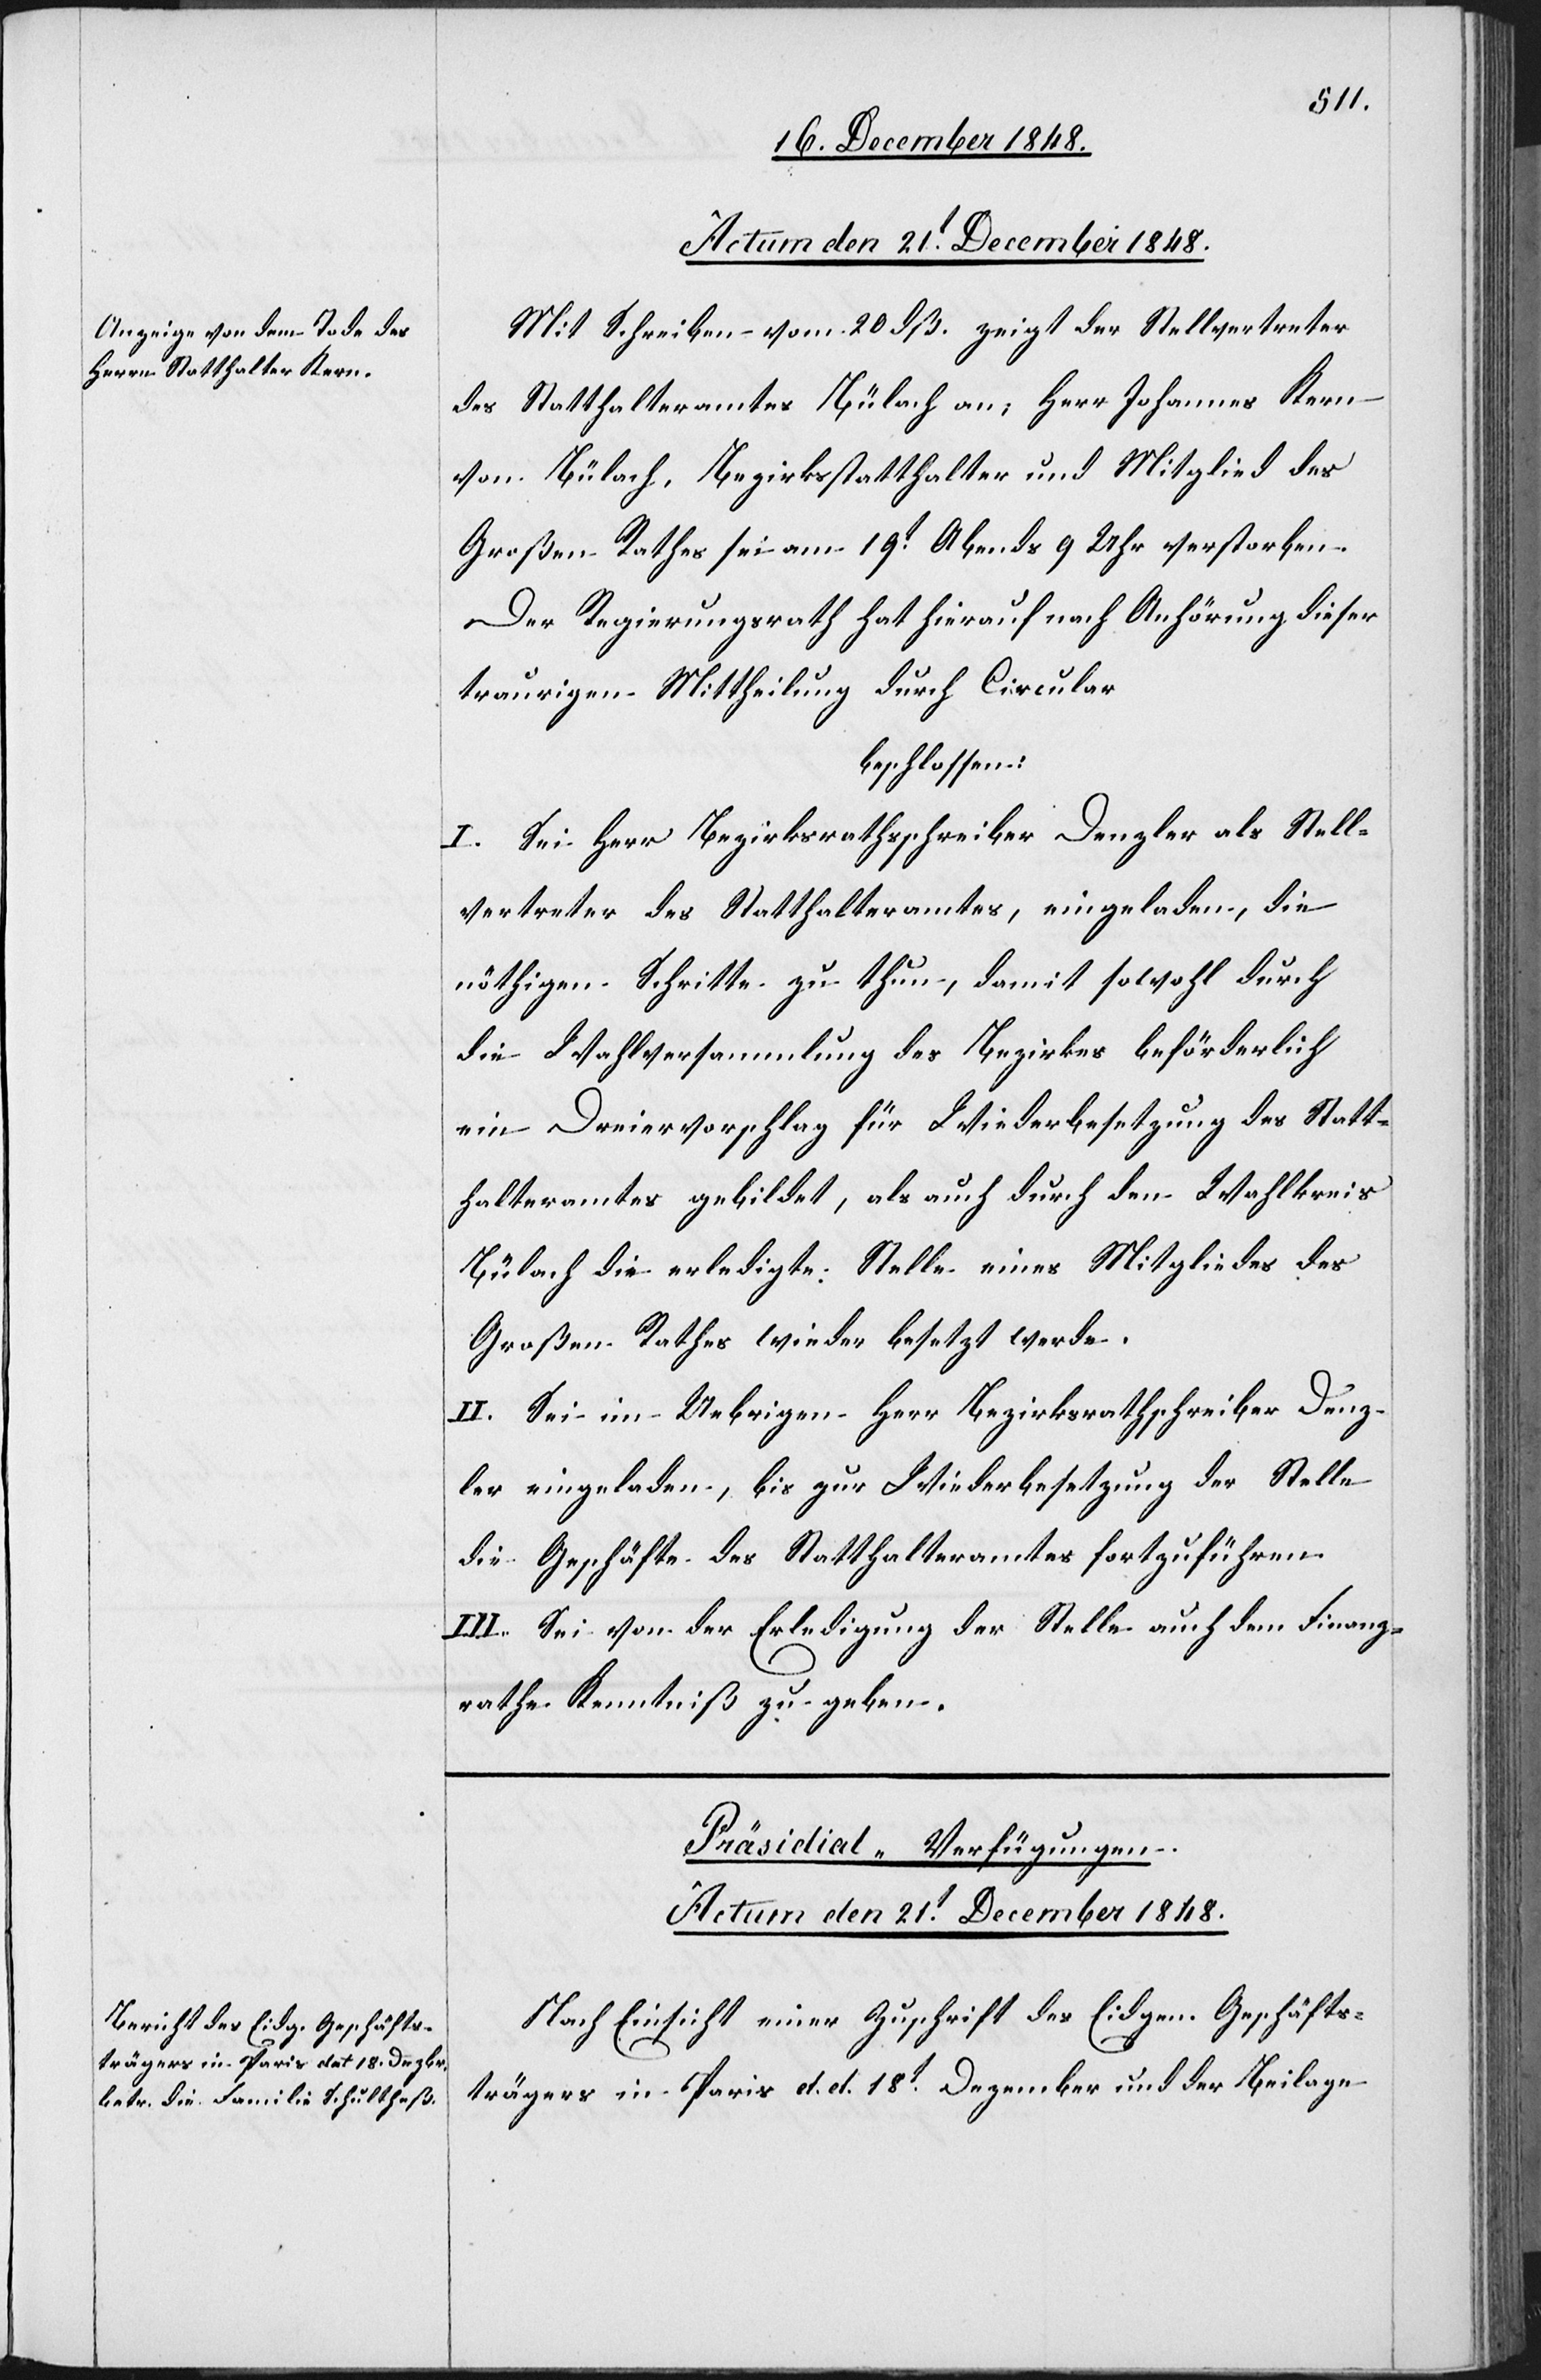
Actum den 21t December 1848.
Mit Schreiben vom 20 dß. zeigt der Stellvertreter
des Statthalteramtes Bülach an: Herr Johannes Kern
von Bülach, Bezirksstatthalter und Mitglied des
Großen Rathes sei am 19t Abends 9 Uhr verstorben.
Der Regierungsrath hat hierauf nach Anhörung dieser
traurigen Mittheilung durch Circular
beschlossen:
I. Sei Herr Bezirksrathsschreiber Denzler als Stell¬
vertreter des Statthalteramtes, eingeladen, die
nöthigen Schritte zu thun, damit sowohl durch
die Wahlversammlung des Bezirkes beförderlich
ein Dreiervorschlag für Wiederbesetzung des Statt¬
halteramtes gebildet, als auch durch den Wahlkreis
Bülach die erledigte Stelle eines Mitgliedes des
Großen Rathes wieder besetzt werde.
II. Sei im Uebrigen Herr Bezirksrathschreiber Denz¬
ler eingeladen, bis zur Wiederbesetzung der Stelle
die Geschäfte des Statthalteramtes fortzuführen.
III. Sei von der Erledigung der Stelle auch dem Finanz¬
rathe Kenntniß zu geben.
Präsidial-Verfügungen.
Actum den 21t December 1848.
Nach Einsicht einer Zuschrift des Eidgen. Geschäfts¬
trägers in Paris d. d. 18t Dezember und der Beilage